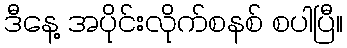
ဒီနေ့ အပိုင်းလိုက်စနစ် စပါပြီ။